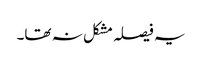
یہ فیصلہ مشکل نہ تھا۔